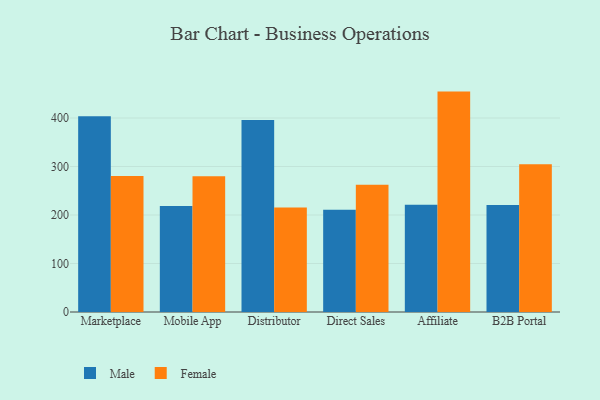
{"axis": {"x": "Channel", "y": "Conversion Rate (%)"}, "legend": ["Female", "Male"], "data": [{"x": "Marketplace", "y": 403.8, "type": "Male"}, {"x": "Marketplace", "y": 280.5, "type": "Female"}, {"x": "Mobile App", "y": 218.5, "type": "Male"}, {"x": "Mobile App", "y": 280.1, "type": "Female"}, {"x": "Distributor", "y": 395.9, "type": "Male"}, {"x": "Distributor", "y": 215.4, "type": "Female"}, {"x": "Direct Sales", "y": 210.8, "type": "Male"}, {"x": "Direct Sales", "y": 262.5, "type": "Female"}, {"x": "Affiliate", "y": 221.2, "type": "Male"}, {"x": "Affiliate", "y": 454.4, "type": "Female"}, {"x": "B2B Portal", "y": 220.8, "type": "Male"}, {"x": "B2B Portal", "y": 304.6, "type": "Female"}]}